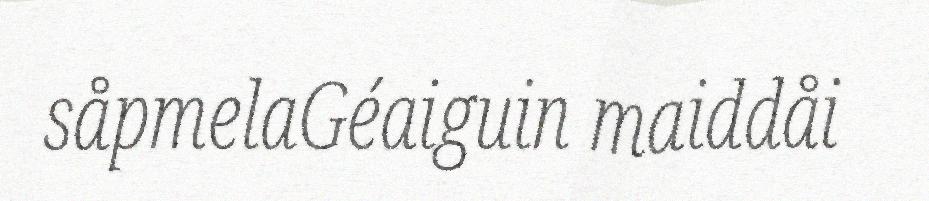
såpmelaGéaiguin maiddåi